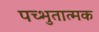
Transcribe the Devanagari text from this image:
पच्भुतात्मक